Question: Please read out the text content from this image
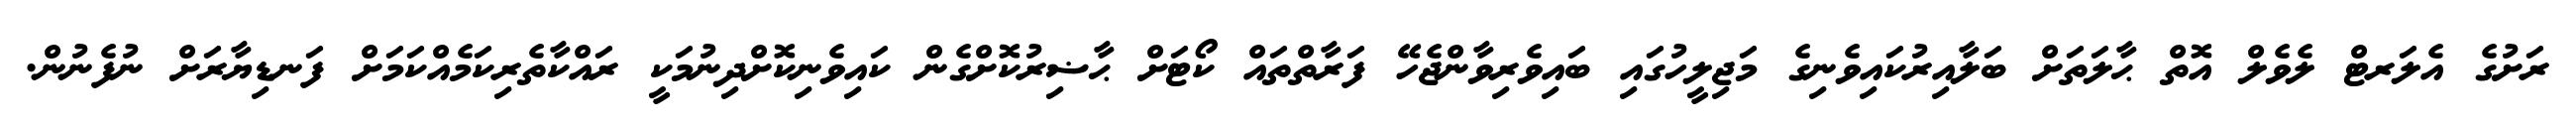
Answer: ރަށުގެ އެލަރޓް ލެވެލް އޮތް ޙާލަތަށް ބަލާއިރުކައިވެނިގެ މަޖިލީހުގައި ބައިވެރިވާންޖެހޭ ފަރާތްތައް ކޯޓަށް ޙާޟިރުކޮށްގެން ކައިވެނިކޮށްދިނުމަކީ ރައްކާތެރިކަމެއްކަމަށް ފަނޑިޔާރަށް ނުފެނުން.